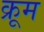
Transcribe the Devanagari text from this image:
क्रूम